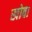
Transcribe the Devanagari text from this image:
खोबा